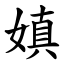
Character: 嫃